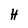
Character: H